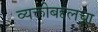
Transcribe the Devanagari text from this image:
व्यक्तीबद्दलचा